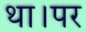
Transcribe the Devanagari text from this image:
था।पर